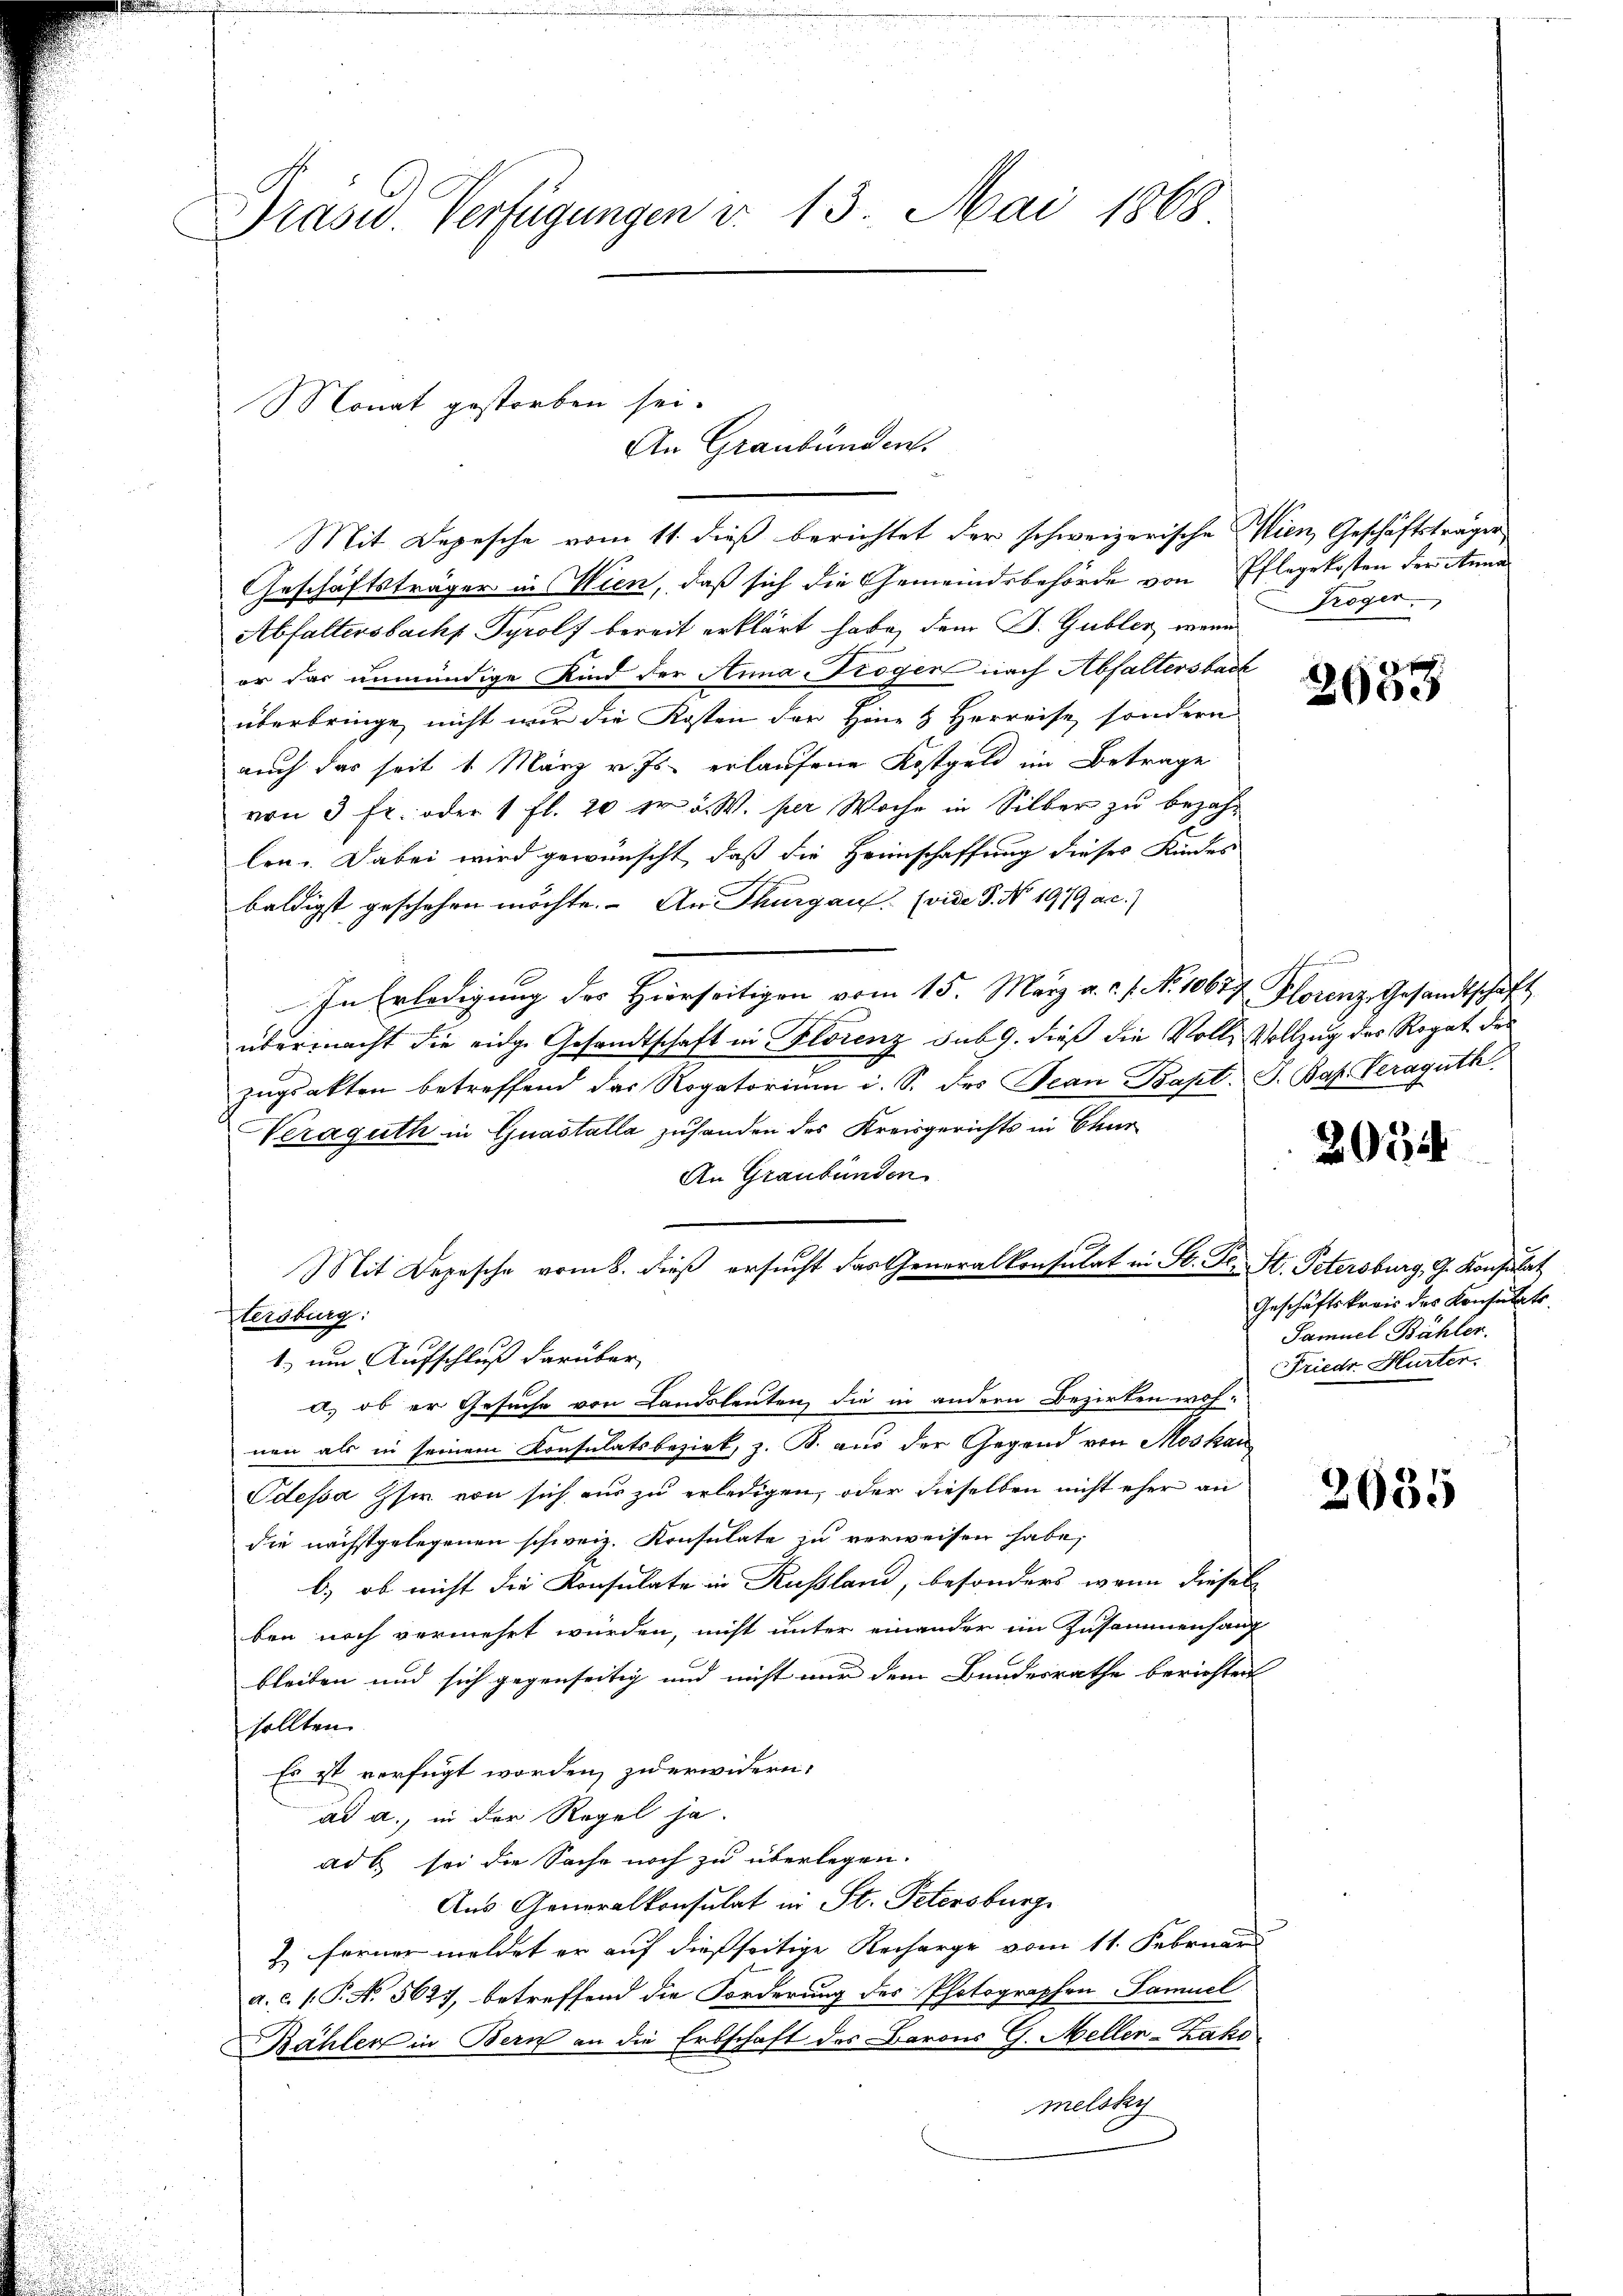
Präsid. Verfügungen in 13. Mai 1868

Monat gestorben sei.
An Graubünden.

Mit Depesche vom 11. dieß berichtet der schweizerische Wien, Geschäftsträger
Geschäftsträger in Wien, daß sich die Gemeindsbehörde von Pflegekosten der Anna
Abfaltersbachs Tyrolf bereit erklärt habe, dem B. Gubler wenn Pöger
er das unmündige Kind der Anna Trögen nach Abhaltersback
überbringe, nicht wir die Kosten der Hönes Herreise, sondern
auch das seit 1 März v. Js. erlaufene Kostgeld im Betrage
von 3 fr. oder 1 fl. 20 er v. W. per Woche in Silber zu bezahlen. Dabei wird gewünscht, daß die Heimschaffung dieses Kindes
baldigst geschehen möchte. An Thurgau (vide 3. No. 1979 ac.)
In Erledigung der Hierseitigen vom 15. März a. c. s. No. 10677 Plorenz Gesandtschaft
übermacht die eidge Gesandtschaft in Florenz sub 9. dieß die Volle Vollzug des Rogat des
zugsakten betreffend das Rogatorium i. S. des Jean Bapt. J. Bat. Veraguth
Veráguth in Guastalla zuhanden des Kreisgerichts in Chur
An Graubünden
1.) um Aufschluß darüber,
a) ob er Gesuche von Landsleuten, die in andern Bezirken wohnen als in seinem Konsulatsbezirk, z. B. aus der Gegend von Moskau
Odessa Zsir von sich aus zu erledigen, oder dieselben nicht eher an
die nächstgelegenen schweiz. Konsulate zu verweisen habe,
b.) ob nicht die Konsulate in Russland, besonders wenn diesel
ben noch vermehrt würden, nicht unter einander im Zusammenhang
bleiben und sich gegenseitig und nicht nur dem Bundesrathe berichten
sollten.
Es ist verfügt worden, zu erwidern:
ad a., in der Regel ja.
ad 6. sei die Sache noch zu überlegen.
Aus Generalkonsulat in St. Petersburg
2) ferner meldet er auf dießseitige Recharge vom 11. Februar
a.c. (T. N. 5627, betreffend die Forderung des Photographen Samuel
ählen in Bern an die Erbschaft des Barons G. Mellen-Zako
melsky

tersburg:

Mit Depesche vom 8. dieß ersucht das Generalkonsulat in St. Ges. St. Petersburg, G. Konsulat

r
2000

20514

Geschäftskreis des Konsulats.
Samuel Bähler.
Friedr. Hurter.

2635